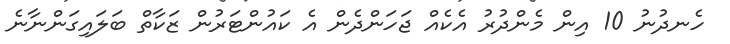
ހެނދުނު 10 އިން މެންދުރު އެކެއް ޖަހަންދެން އެ ކައުންޓަރުން ޒަކާތް ބަލައިގަންނާނެ